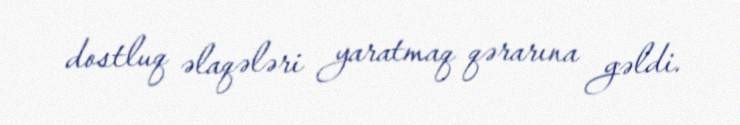
dostluq əlaqələri yaratmaq qərarına gəldi.